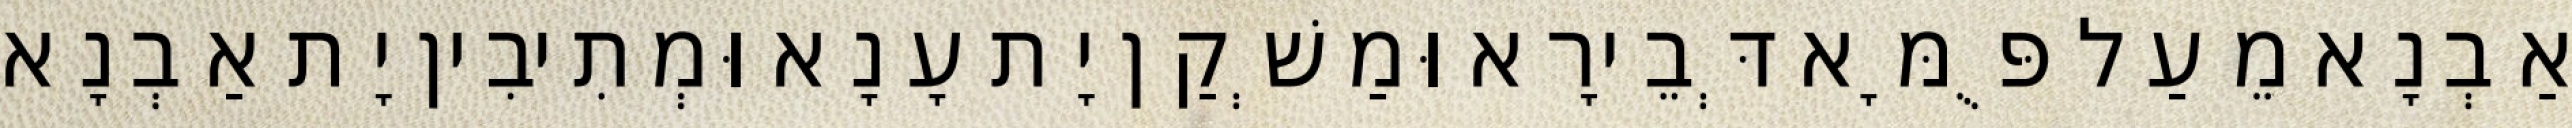
אַבְנָא מֵעַל פֻּמָּא דְּבֵירָא וּמַשְׁקַן יָת עָנָא וּמְתִיבִין יָת אַבְנָא